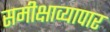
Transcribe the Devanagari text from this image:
समीक्षाव्यापार